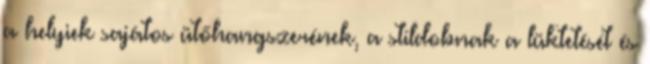
a helyiek sajátos ütőhangszerének, a stíldobnak a lüktetését és